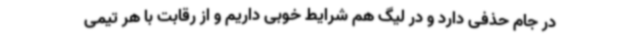
در جام حذفی دارد و در لیگ هم شرایط خوبی داریم و از رقابت با هر تیمی